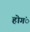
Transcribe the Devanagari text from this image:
होगंें